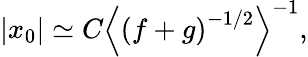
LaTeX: \left|x_{0}\right|\simeq C\left\langle\left(f+g\right)^{-1/2}\right\rangle^{-1},